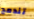
تندمج